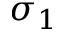
\sigma _ { 1 }